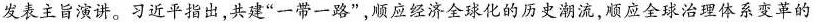
发表主旨演讲。习近平指出，共建”一带一路”，顺应经济全球化的历史潮流，顺应全球治理体系变革的